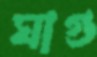
ঘাগু